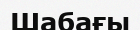
Шабағы